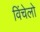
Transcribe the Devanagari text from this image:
विंचेलो